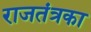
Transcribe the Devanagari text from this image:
राजतंत्रका